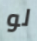
لو